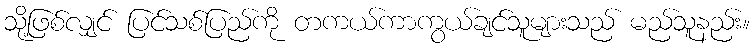
သို့ဖြစ်လျှင် ပြင်သစ်ပြည်ကို တကယ်ကာကွယ်ချင်သူများသည် မည်သူနည်း။